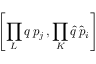
\left[ \prod _ { L } q \, p _ { j } \, , \prod _ { K } \hat { q } \, \hat { p } _ { i } \right]